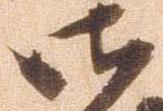
御